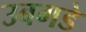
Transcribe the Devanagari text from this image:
उबगडे